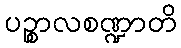
ပဉ္စာလစဏ္ဍာတိ